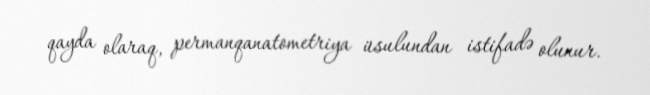
qayda olaraq, permanqanatometriya üsulundan istifadə olunur.